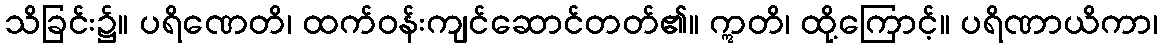
သိခြင်း၌။ ပရိဏေတိ၊ ထက်ဝန်းကျင်ဆောင်တတ်၏။ ဣတိ၊ ထို့ကြောင့်။ ပရိဏာယိကာ၊